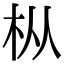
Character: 枞